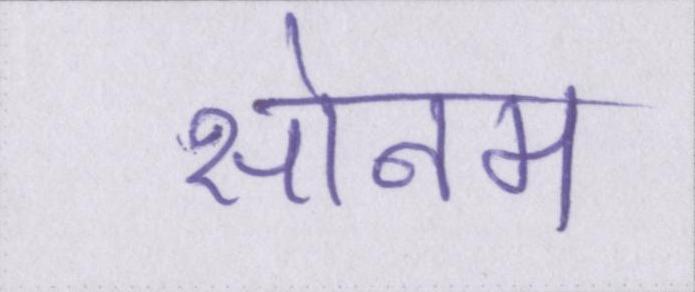
सोनम